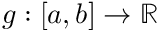
g : \left[ a , b \right] \rightarrow \mathbb { R }